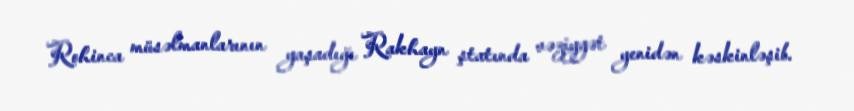
Rohinca müsəlmanlarının yaşadığı Rakhayn ştatında vəziyyət yenidən kəskinləşib.